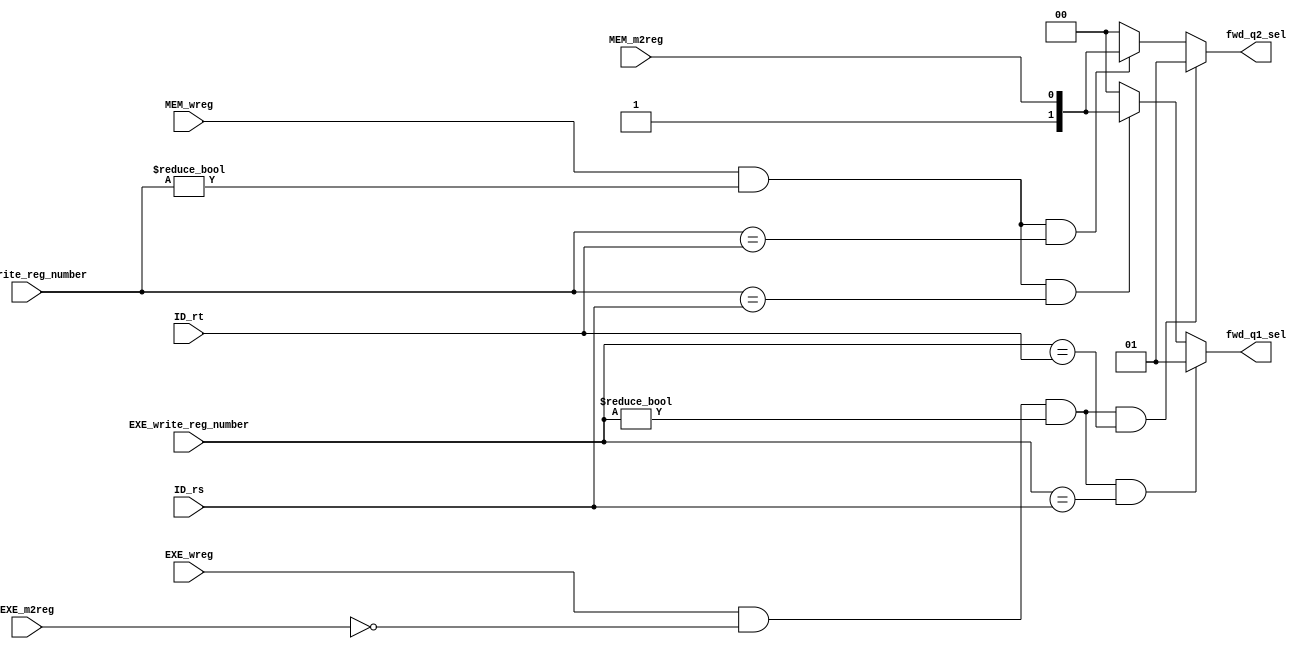
`default_nettype none

module pipe_fwd_controller(
    input EXE_wreg,
    input MEM_wreg, 
    input EXE_m2reg, 
    input MEM_m2reg, 
    input [4: 0] ID_rs, 
    input [4: 0] ID_rt, 
    input [4: 0] EXE_write_reg_number, 
    input [4: 0] MEM_write_reg_number, 

    output reg [1: 0] fwd_q1_sel, 
    output reg [1: 0] fwd_q2_sel
);
    // 

    always @ (*)
    begin
        fwd_q1_sel = 2'b00;
        if (EXE_wreg && (EXE_m2reg == 0) && 
            (EXE_write_reg_number != 0) && (EXE_write_reg_number == ID_rs))
            fwd_q1_sel = 2'b01;
        else if (MEM_wreg && 
            (MEM_write_reg_number != 0) && (MEM_write_reg_number == ID_rs)) 
            fwd_q1_sel = {1'b1, MEM_m2reg};
        
        fwd_q2_sel = 2'b00;
        if (EXE_wreg && (EXE_m2reg == 0) && 
            (EXE_write_reg_number != 0) && (EXE_write_reg_number == ID_rt))
            fwd_q2_sel = 2'b01;
        else if (MEM_wreg && 
            (MEM_write_reg_number != 0) && (MEM_write_reg_number == ID_rt)) 
            fwd_q2_sel = {1'b1, MEM_m2reg};
    end

endmodule